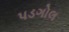
પડગોલ